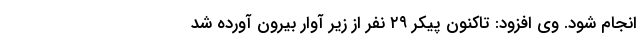
انجام شود. وی افزود: تاکنون پیکر ۲۹ نفر از زیر آوار بیرون آورده شد